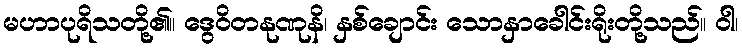
မဟာပုရိသတို့၏။ ဒွေဝိတနုဏုနိ၊ နှစ်ချောင်း သောနှာခေါင်းရိုးတို့သည်။ ဝါ၊